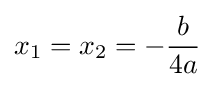
x_{1}=x_{2}=-{\frac {b}{4a}}